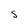
Character: S